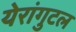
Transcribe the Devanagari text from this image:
येरांगुटल